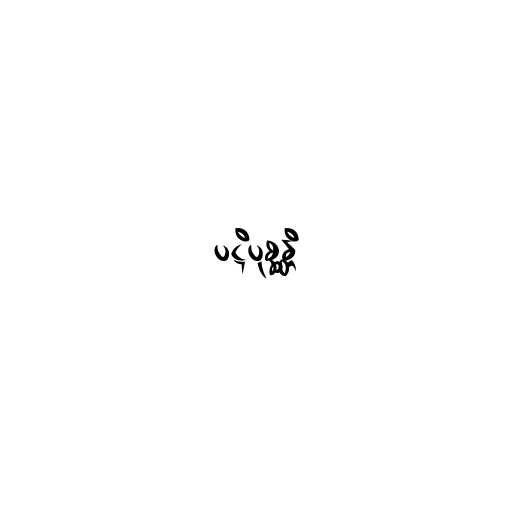
ပဋိပုစ္ဆန္တိ